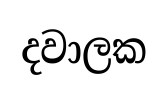
දවාලක